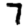
Digit: 7